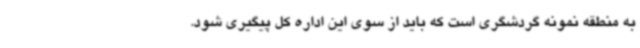
به منطقه نمونه گردشگری است که باید از سوی این اداره کل پیگیری شود.